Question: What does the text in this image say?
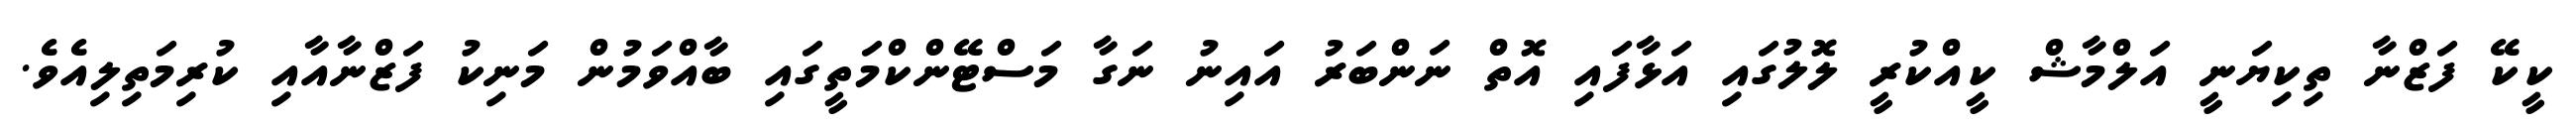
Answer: ކީކޭ ފަޒްނާ ތިކިޔަނީ އަލްމާޝް ކީއްކުރީ ލޮލުގައި އަޅާފައި އޮތް ނަންބަރު އައިނު ނަގާ މަސްޓޭންކްމަތީގައި ބާއްވަމުން މަނިކު ފަޒްނާއާއި ކުރިމަތިލިއެވެ.